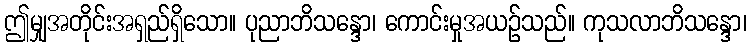
ဤမျှအတိုင်းအရှည်ရှိသော။ ပုညာဘိသန္ဒော၊ ကောင်းမှုအယဉ်သည်။ ကုသလာဘိသန္ဒော၊